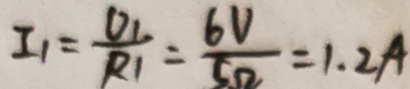
I _ { 1 } = \frac { U _ { 1 } } { R _ { 1 } } = \frac { 6 V } { 5 \Omega } = 1 . 2 A